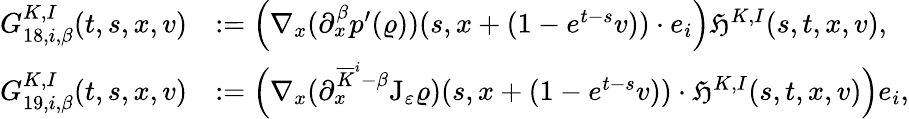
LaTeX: \begin{array}{rl}{G_{18,i,\beta}^{K,I}(t,s,x,v)}&{:=\left(\nabla_{x}(\partial_{x}^{\beta}p^{\prime}(\varrho))(s,x+(1-e^{t-s}v))\cdot e_{i}\right)\mathfrak{H}^{K,I}(s,t,x,v),}\\ {G_{19,i,\beta}^{K,I}(t,s,x,v)}&{:=\Big(\nabla_{x}(\partial_{x}^{\overline{{K}}^{i}-\beta}\mathrm{J}_{\varepsilon}\varrho)(s,x+(1-e^{t-s}v))\cdot\mathfrak{H}^{K,I}(s,t,x,v)\Big)e_{i},}\end{array}